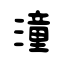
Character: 潼